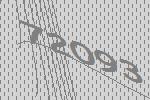
72093